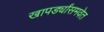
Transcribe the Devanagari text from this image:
खापर्ड्यांसमवेत